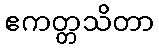
ဧကတ္တသိတာ